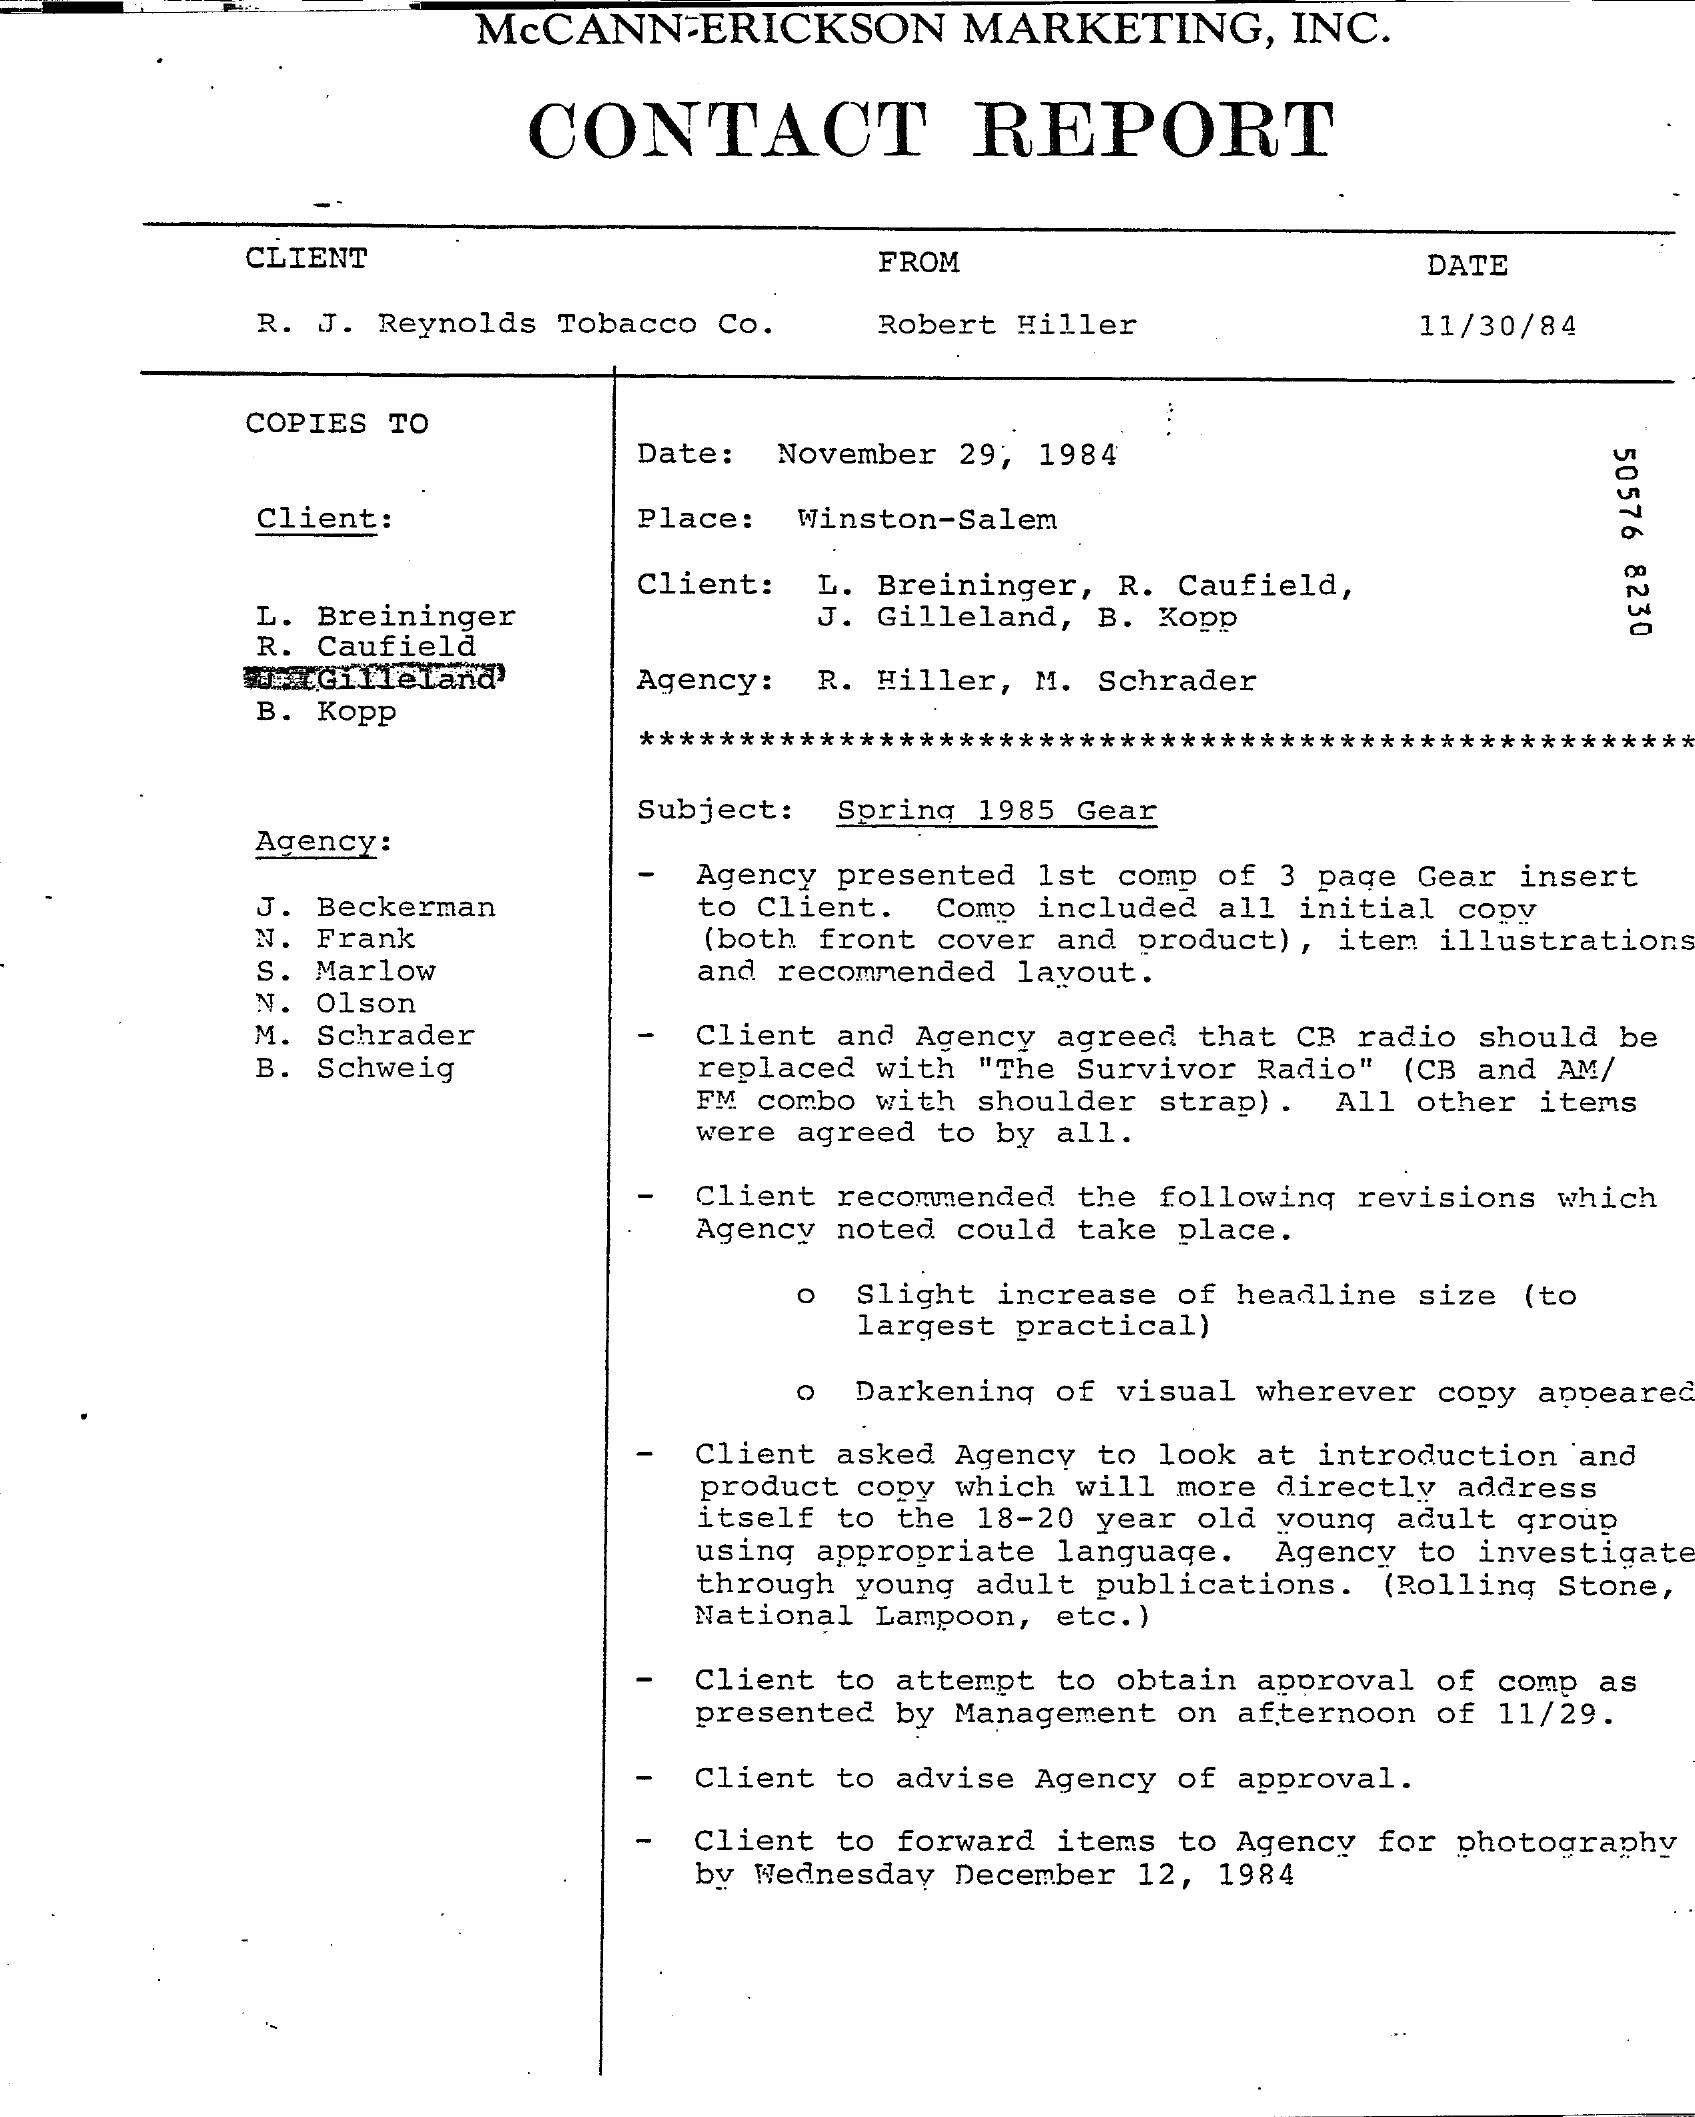
McCANN-ERICKSON    MARKETING,    INC.
     CONTACT    REPORT
     CLIENT    FROM    DATE
     R. J. Reynolds Tobacco Co.    Robert Hiller    11/30/84
     COPIES TO
     Date:  November 29; 1984
     50576
     8230
     Client:    Place:  Winston-Salem
     Client:  L. Breininger, R. Caufield,
     L. Breininger    J. Gilleland, B. Kopp
     R. Caufield
     waxGilleLand'    Agency:  R. Hiller, M. Schrader
     B. Kopp
     *****************************************************
     Subject:  Spring 1985 Gear
     Agency:
     J. Beckerman
     Agency presented 1st comp of 3 page Gear insert
     to Client.
     N. Frank
     Comp included all initial copy
     (both front cover and product) , item illustrations
     S. Marlow
     N. O1son
     and recommended layout.
     M. Schrader
     B. Schweig
     Client and Agency agreed that CB radio should be
     replaced with "The Survivor Radio" (CB and AM/
     FM combo with shoulder strap).  All other items
     were agreed to by all.
     Client recommended the following revisions which
     Agency noted could take place.
     o  Slight increase of headline size  (to
     largest practical)
     O  Darkening of visual wherever copy appeared
     Client asked Agency to look at introduction and
     product copy which will more directly address
     itself to the 18-20 year old young adult group
     using appropriate language.  Agency to investigate
     through young adult publications.  (Rolling Stone,
     National Lampoon, etc. )
     Client to attempt to obtain approval of comp as
     presented by Management on afternoon of 11/29.
     -  Client to advise Agency of approval.
     -  Client to forward items to Agency for photography
     by Wednesday December 12, 1984